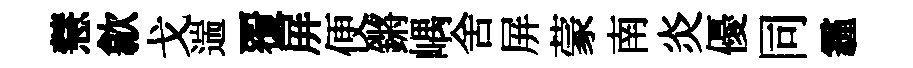
慧歙戈遄覆屏便鏘嵎舍屏蒙南炎優同霾